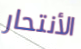
الأنتحار